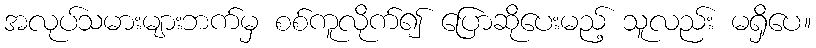
အလုပ်သမားများဘက်မှ စစ်ကူလိုက်၍ ပြောဆိုပေးမည့် သူလည်း မရှိပေ။